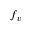
f _ { v }